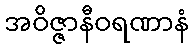
အဝိဇ္ဇာနီဝရဏာနံ